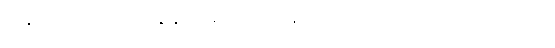
ပြန်လည်ကောင်းမွန်အောင် လုပ်ရာမှာလည်း အရေးပါပါတယ်။